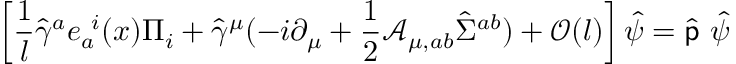
\left[ { \frac { 1 } { l } } \hat { \gamma } ^ { a } e _ { a } ^ { \ i } ( x ) \Pi _ { i } + \hat { \gamma } ^ { \mu } ( - i \partial _ { \mu } + { \frac { 1 } { 2 } } { \mathcal A } _ { \mu , a b } \hat { \Sigma } ^ { a b } ) + { \mathcal O } ( l ) \right] \hat { \psi } = \hat { \sf p } \ \hat { \psi }